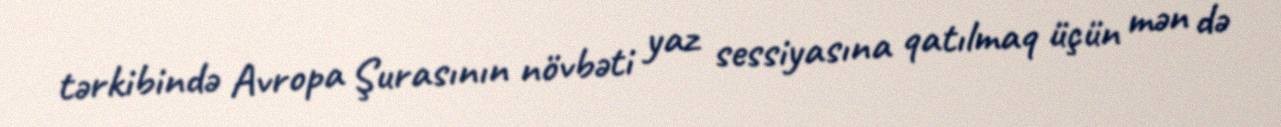
tərkibində Avropa Şurasının növbəti yaz sessiyasına qatılmaq üçün mən də